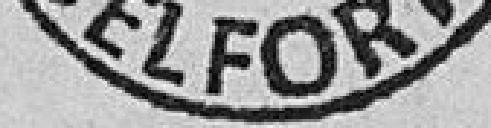
BELFORT